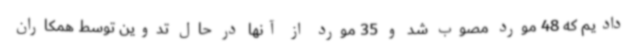
دادیم که 48 مورد مصوب شد و 35 مورد از آنها در حال تدوین توسط همکاران